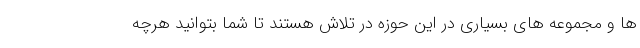
ها و مجموعه های بسیاری در این حوزه در تلاش هستند تا شما بتوانید هرچه